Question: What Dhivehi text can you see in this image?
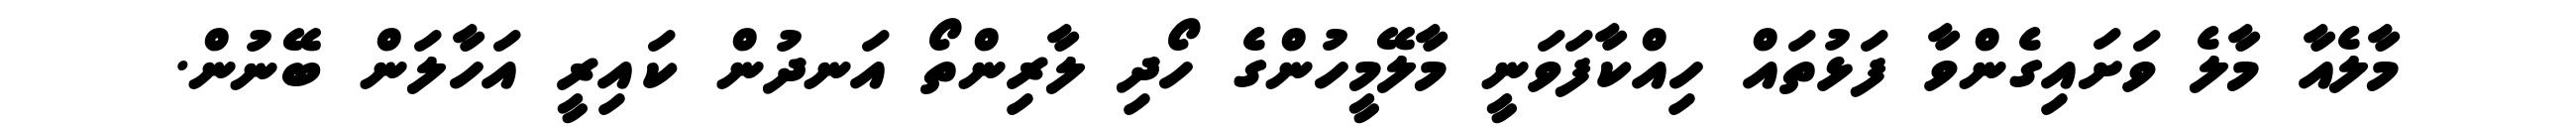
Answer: މާލެއާ މާލެ ވަށައިގެންވާ ފަޅުތައް ހިއްކާފަވަނީ މާލޭމީހުންގެ ހޯދި ލާރިންތޯ އަނދުން ކައިރީ އަހާލަން ބޭނުން.